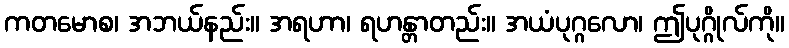
ကတမောစ၊ အဘယ်နည်း။ အရဟာ၊ ရဟန္တာတည်း။ အယံပုဂ္ဂလော၊ ဤပုဂ္ဂိုလ်ကို။